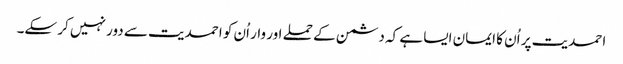
احمدیت پر اُن کا ایمان ایسا ہے کہ دشمن کے حملے اور وار اُن کو احمدیت سے دور نہیں کر سکے۔